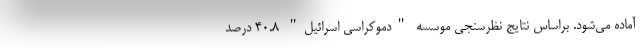
آماده می‌شود. براساس نتایج نظرسنجی موسسه "دموکراسی اسرائیل" 40.8 درصد